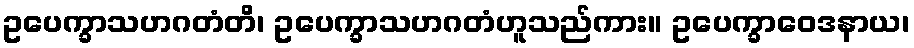
ဥပေက္ခာသဟဂတံတိ၊ ဥပေက္ခာသဟဂတံဟူသည်ကား။ ဥပေက္ခာဝေဒနာယ၊